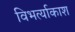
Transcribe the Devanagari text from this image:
विभर्त्याकाश